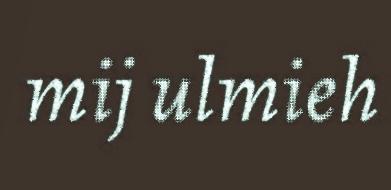
mij ulmieh